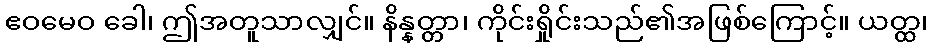
ဧဝမေဝ ခေါ၊ ဤအတူသာလျှင်။ နိန္နတ္တာ၊ ကိုင်းရှိုင်းသည်၏အဖြစ်ကြောင့်။ ယတ္ထ၊